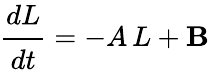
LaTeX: \cfrac{dL}{dt}=-A\, L+\mathbf{B}